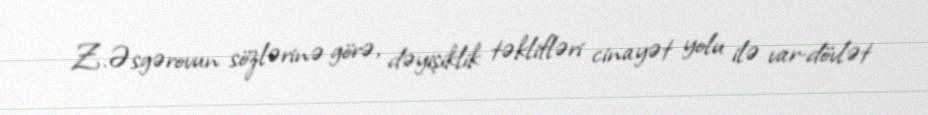
Z.Əsgərovun sözlərinə görə, dəyişiklik təklifləri cinayət yolu ilə var-dövlət